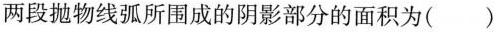
两段抛物线弧所围成的阴影部分的面积为()